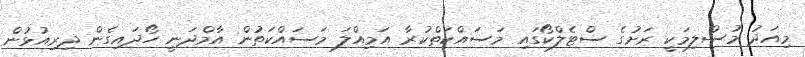
މިއަދު މުސްލިމަކީ ރަށުގެ ސްޓެލްކޯގައި މަސައްކަތްކުރާ އަމިއްލަ މަސައްކަތުން އާމްދަނީ ހޯދައިގެން ދިރިއުޅުން